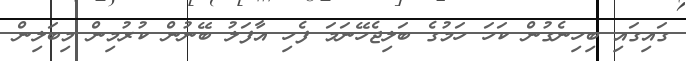
ގައިގައި ބިހިނެގުން ކަހަ ހަމުގެ ބަލިޖެހޭނަމަ ފެހި އާފަލު ބޭނުން ކުރުމިން މިބަލިން